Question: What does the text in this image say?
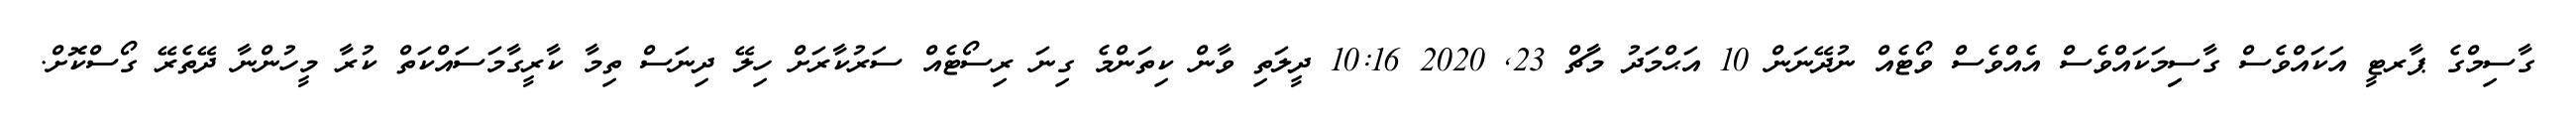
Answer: ގާސިމްގެ ޕާރޓީ އަކައްވެސް ގާސިިމަކައްވެސް އެއްވެސް ވޯޓެއް ނުދޭނަން 10 އަޙްމަދު މާޗް 23, 2020 10:16 ދީލަތި ވާން ކިތަންމެ ގިނަ ރިސޯޓެއް ސަރުކާރަށް ހިލޭ ދިނަސް ތިމާ ކާރީގާމަސައްކަތް ކުރާ މީހުންނާ ދޭތެރޭ ގޯސްކޮށް.